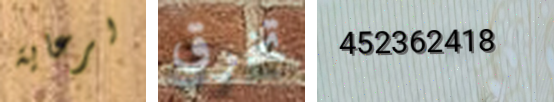
لرعاية تخرق 452362418